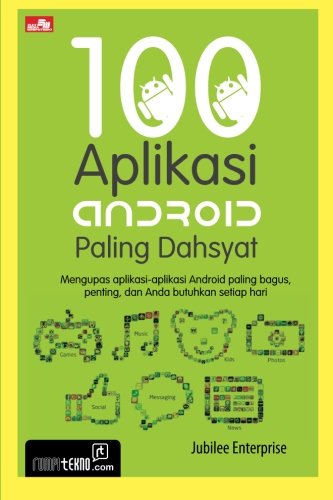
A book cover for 100 Aplikasi Android Paling Dahsyat (Indonesian Edition); Jubilee Enterprise; Computers & Technology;